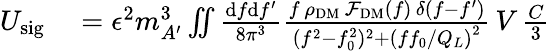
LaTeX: \begin{array}{rl}{U_{\mathrm{sig}}}&{{}=\epsilon^{2}m_{A^{\prime}}^{3}\iint\frac{\mathrm{d}f\mathrm{d}f^{\prime}}{8\pi^{3}}\frac{f\, \rho_{\mathrm{DM}}\, \mathcal{F}_{\mathrm{DM}}\left(f\right)\, \delta(f-f^{\prime})}{(f^{2}-f_{0}^{2})^{2}+\left(ff_{0}/Q_{L}\right)^{2}}\, V\, \frac{C}{3}}\end{array}